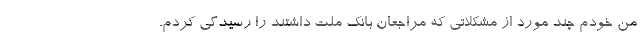
من خودم چند مورد از مشکلاتی که مراجعان بانک ملت داشتند را رسیدگی کردم.